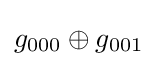
g_{000}\oplus g_{001}